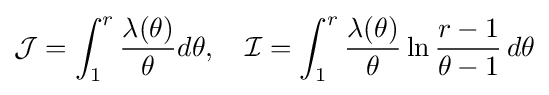
{\mathcal {J}}=\int _{1}^{r}{\frac {\lambda (\theta )}{\theta }}d\theta ,\quad {\mathcal {I}}=\int _{1}^{r}{\frac {\lambda (\theta )}{\theta }}\ln {\frac {r-1}{\theta -1}}\,d\theta